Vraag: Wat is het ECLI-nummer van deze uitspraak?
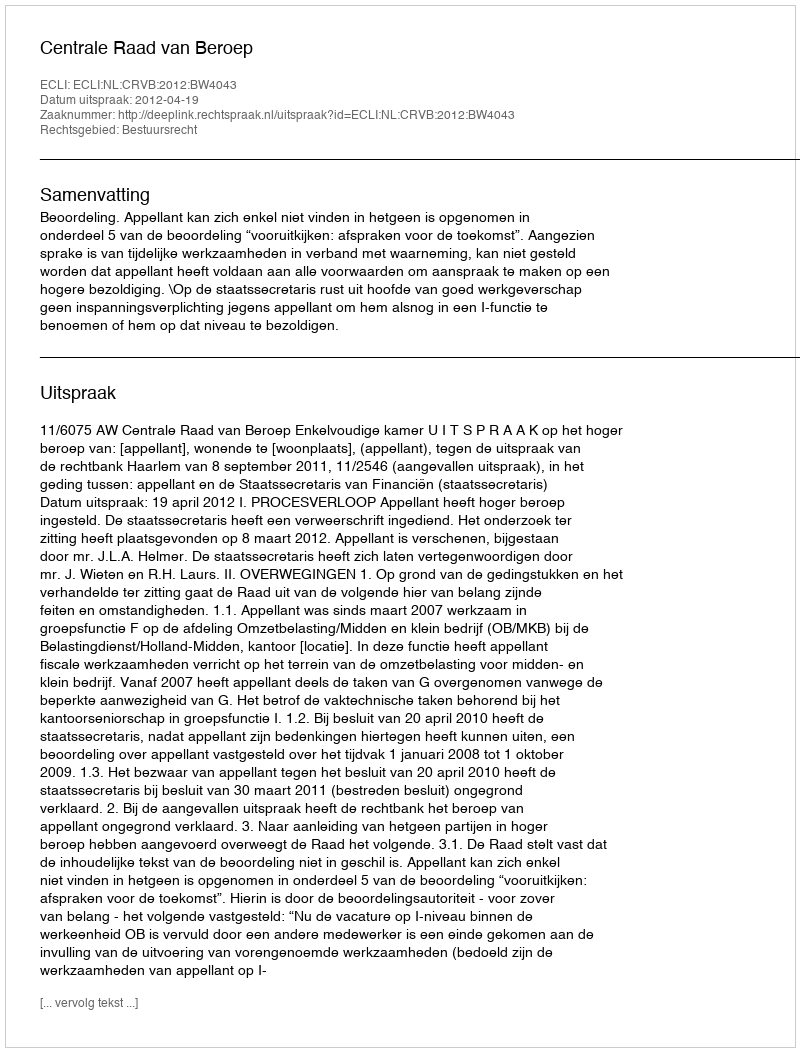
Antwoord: ECLI:NL:CRVB:2012:BW4043